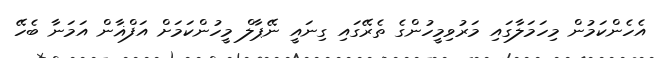
އެހެންކަމުން މިހަމަލާގައި މަރުވިމީހުންގެ ތެރޭގައި ގިނައީ ނޭޕާލް މީހުންކަމަށް އަފްޣާން އަމަނާ ބެހޭ